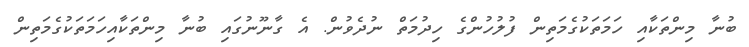
ބުނާ މިންތަކާއި ހަމަތަކުގެމަތިން ފުލުހުންގެ ހިދުމަތް ނުދެވުން. އެ ގާނޫނުގައި ބުނާ މިންތަކާއިހަމަތަކުގެމަތިން